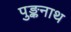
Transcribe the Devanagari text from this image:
पुङ्कनाथ